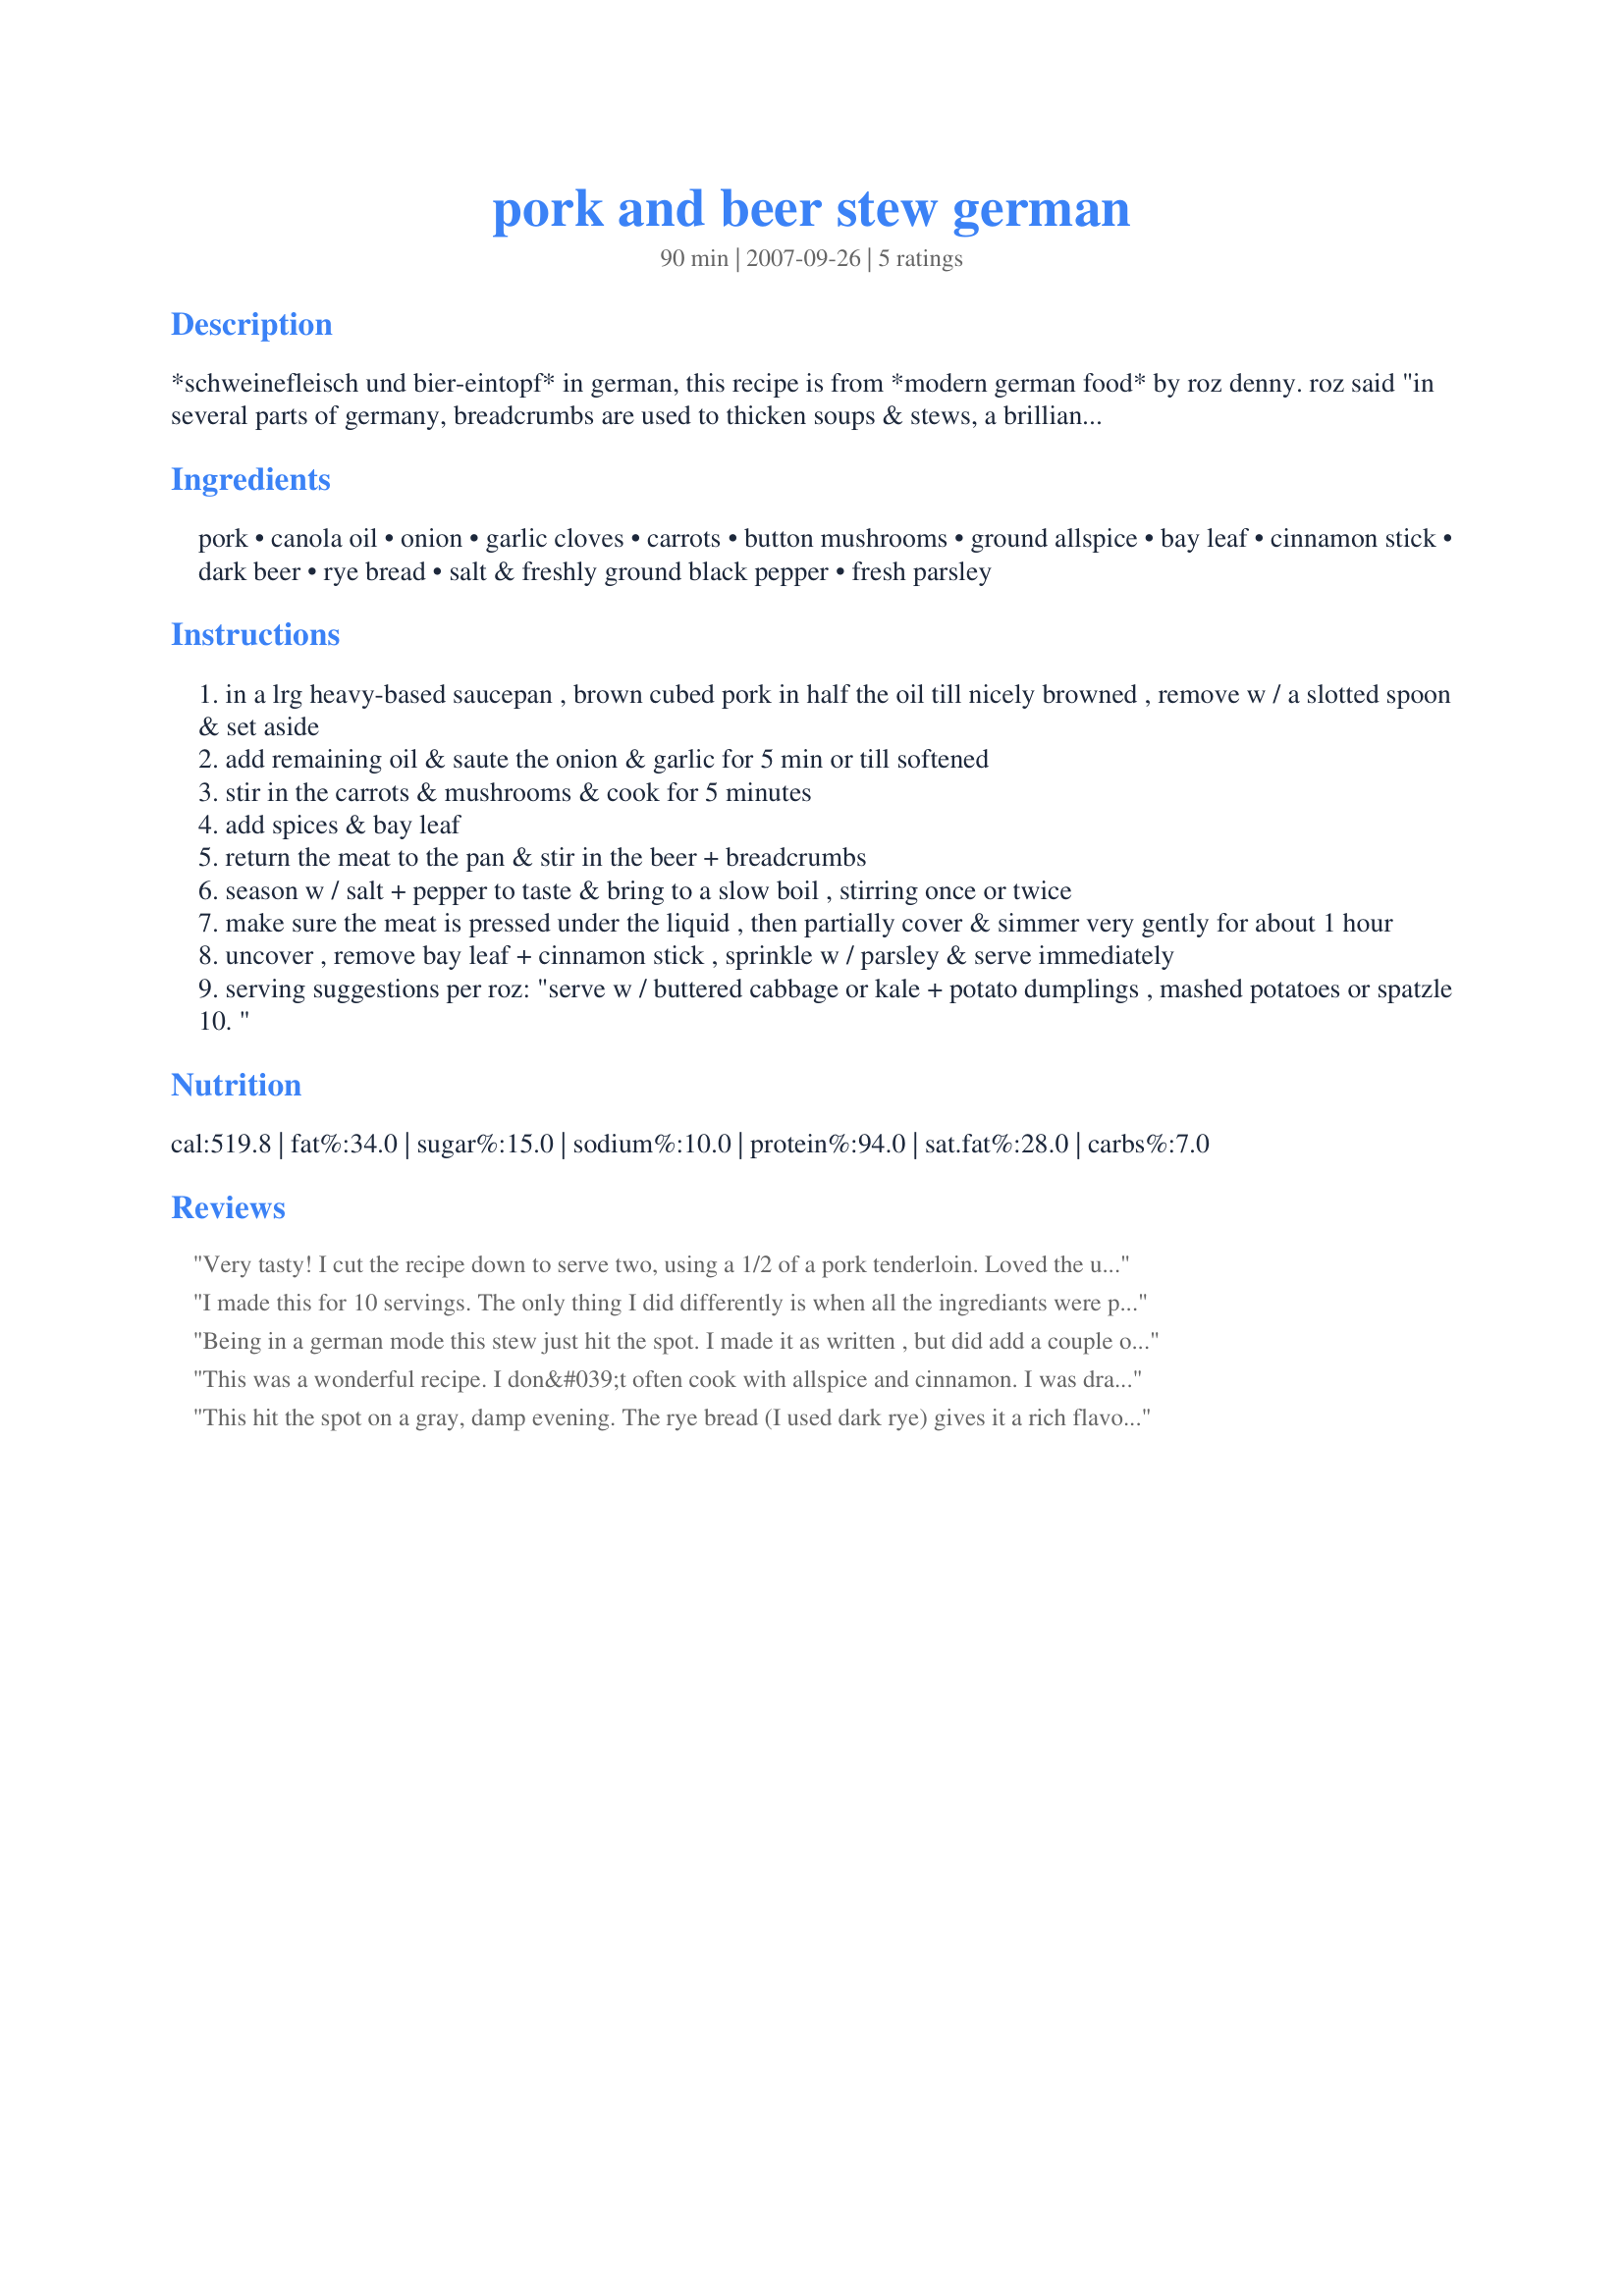
pork and beer stew german
Preparation time: 90 minutes

*schweinefleisch und bier-eintopf* in german, this recipe is from *modern german food* by roz denny. roz said "in several parts of germany, breadcrumbs are used to thicken soups & stews, a brilliant idea that adds a delicious rich & slightly nutty flavour, esp when beer is used instead of stock. this recipe uses shoulder of pork, but works equally well w/beef or veal & is a wonderful warming casserole." *enjoy* ! (15 min was allowed for ingredient prep)

Ingredients:
pork, canola oil, onion, garlic cloves, carrots, button mushrooms, ground allspice, bay leaf, cinnamon stick, dark beer, rye bread, salt & freshly ground black pepper, fresh parsley

Steps:
in a lrg heavy-based saucepan , brown cubed pork in half the oil till nicely browned , remove w / a slotted spoon & set aside
add remaining oil & saute the onion & garlic for 5 min or till softened
stir in the carrots & mushrooms & cook for 5 minutes
add spices & bay leaf
return the meat to the pan & stir in the beer + breadcrumbs
season w / salt + pepper to taste & bring to a slow boil , stirring once or twice
make sure the meat is pressed under the liquid , then partially cover & simmer very gently for about 1 hour
uncover , remove bay leaf + cinnamon stick , sprinkle w / parsley & serve immediately
serving suggestions per roz: "serve w / buttered cabbage or kale + potato dumplings , mashed potatoes or spatzle
"

Reviews:
Very tasty! I cut the recipe down to serve two, using a 1/2 of a pork tenderloin. Loved the use of rye bread to thicken! Made for Family Picks ZWT #6
I made this for 10 servings. The only thing I did differently is when all the ingrediants were put together I put them in a roasting pan and threw it in the over for about 4 hours @ 325 degrees. I had too many things to do and just want to sit down and eat when it was done. I served the dish with mashed potatoes. My husband as well as my company loved this dish. The flavors were wonderful!!!! According to all it was #1 for the year. Thanks f/posting this dish. :)
Being in a german mode this stew just hit the spot. I made it as written , but did add a couple of parsnips to the mix as I love them in stews. I used guiness stout for my beer in the dish and also added a wee bit of brown sugar to mellow it out a bit. I cooked it in a cast iron dutch oven in the oven and it just came out delicious. Served this with mashed potatoes. Thanks for the recipe, will definately make again.
This was a wonderful recipe. I don&#039;t often cook with allspice and cinnamon. I was drawn to try this because the recipe has three things I truly love. Dark Beer, Rye Bread, and Pork. I used a wonderful Black Butte Porter, so it came through a little bitter, but delicious!
This hit the spot on a gray, damp evening. The rye bread (I used dark rye) gives it a rich flavor, mixed with the dark beer. The allspice and cinnamon reminded me of grandma's sauerbraten. I served it with dumplings. I also added a dice celery stalk, since I had one I needed to use. I may increase the amount of beer next time, as we prefer more broth in our stew, but the flavors were great! Thanks for posting this!
